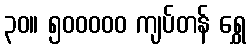
၃၀။ ၅၀၀၀၀၀ ကျပ်တန် ရွှေ